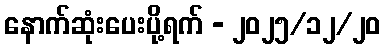
နောက်ဆုံးပေးပို့ရက် - ၂၀၂၅/၁၂/၂၀